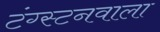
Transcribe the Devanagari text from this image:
टंग्स्टनवाला